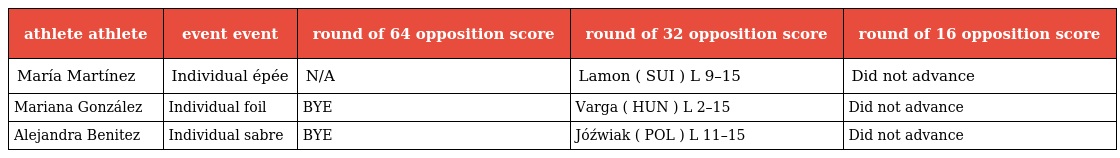
| athlete athlete | event event | round of 64 opposition score | round of 32 opposition score | round of 16 opposition score |
 | --- | --- | --- | --- | --- |
 | María Martínez | Individual épée | N/A | Lamon ( SUI ) L 9–15 | Did not advance |
 | Mariana González | Individual foil | BYE | Varga ( HUN ) L 2–15 | Did not advance |
 | Alejandra Benitez | Individual sabre | BYE | Jóźwiak ( POL ) L 11–15 | Did not advance |